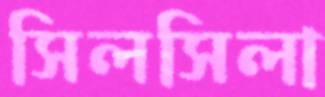
সিলসিলা